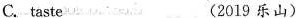
C.taste (2019 乐山)